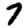
Digit: 7